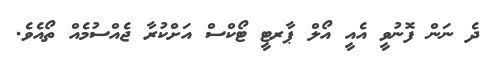
ދެ ނަން ފޮނުވީ އެއީ އޯލް ޕާރޓީ ޓޯކްސް އަށްކުރާ ޖެއްސުމެއް ތޯއެވެ.